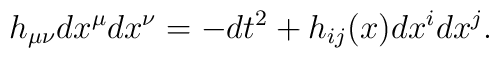
h_{\mu\nu}dx^{\mu}dx^{\nu}=-dt^2+h_{ij}(x)dx^{i}dx^{j}.